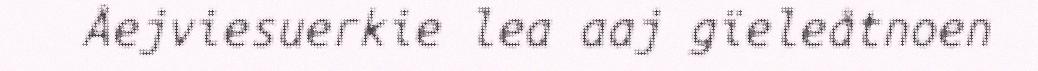
Åejviesuerkie lea aaj gïeleåtnoen